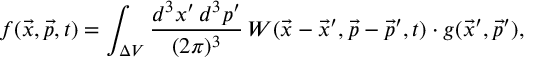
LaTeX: f ( \vec { x } , \vec { p } , t ) = \int _ { \Delta V } { \frac { d ^ { 3 } x ^ { \prime } \, d ^ { 3 } p ^ { \prime } } { ( 2 \pi ) ^ { 3 } } } \, W ( \vec { x } - \vec { x } ^ { \prime } , \vec { p } - \vec { p } ^ { \prime } , t ) \cdot g ( \vec { x } ^ { \prime } , \vec { p } ^ { \prime } ) ,